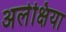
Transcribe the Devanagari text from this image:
अलेक्षिया